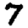
Digit: 7